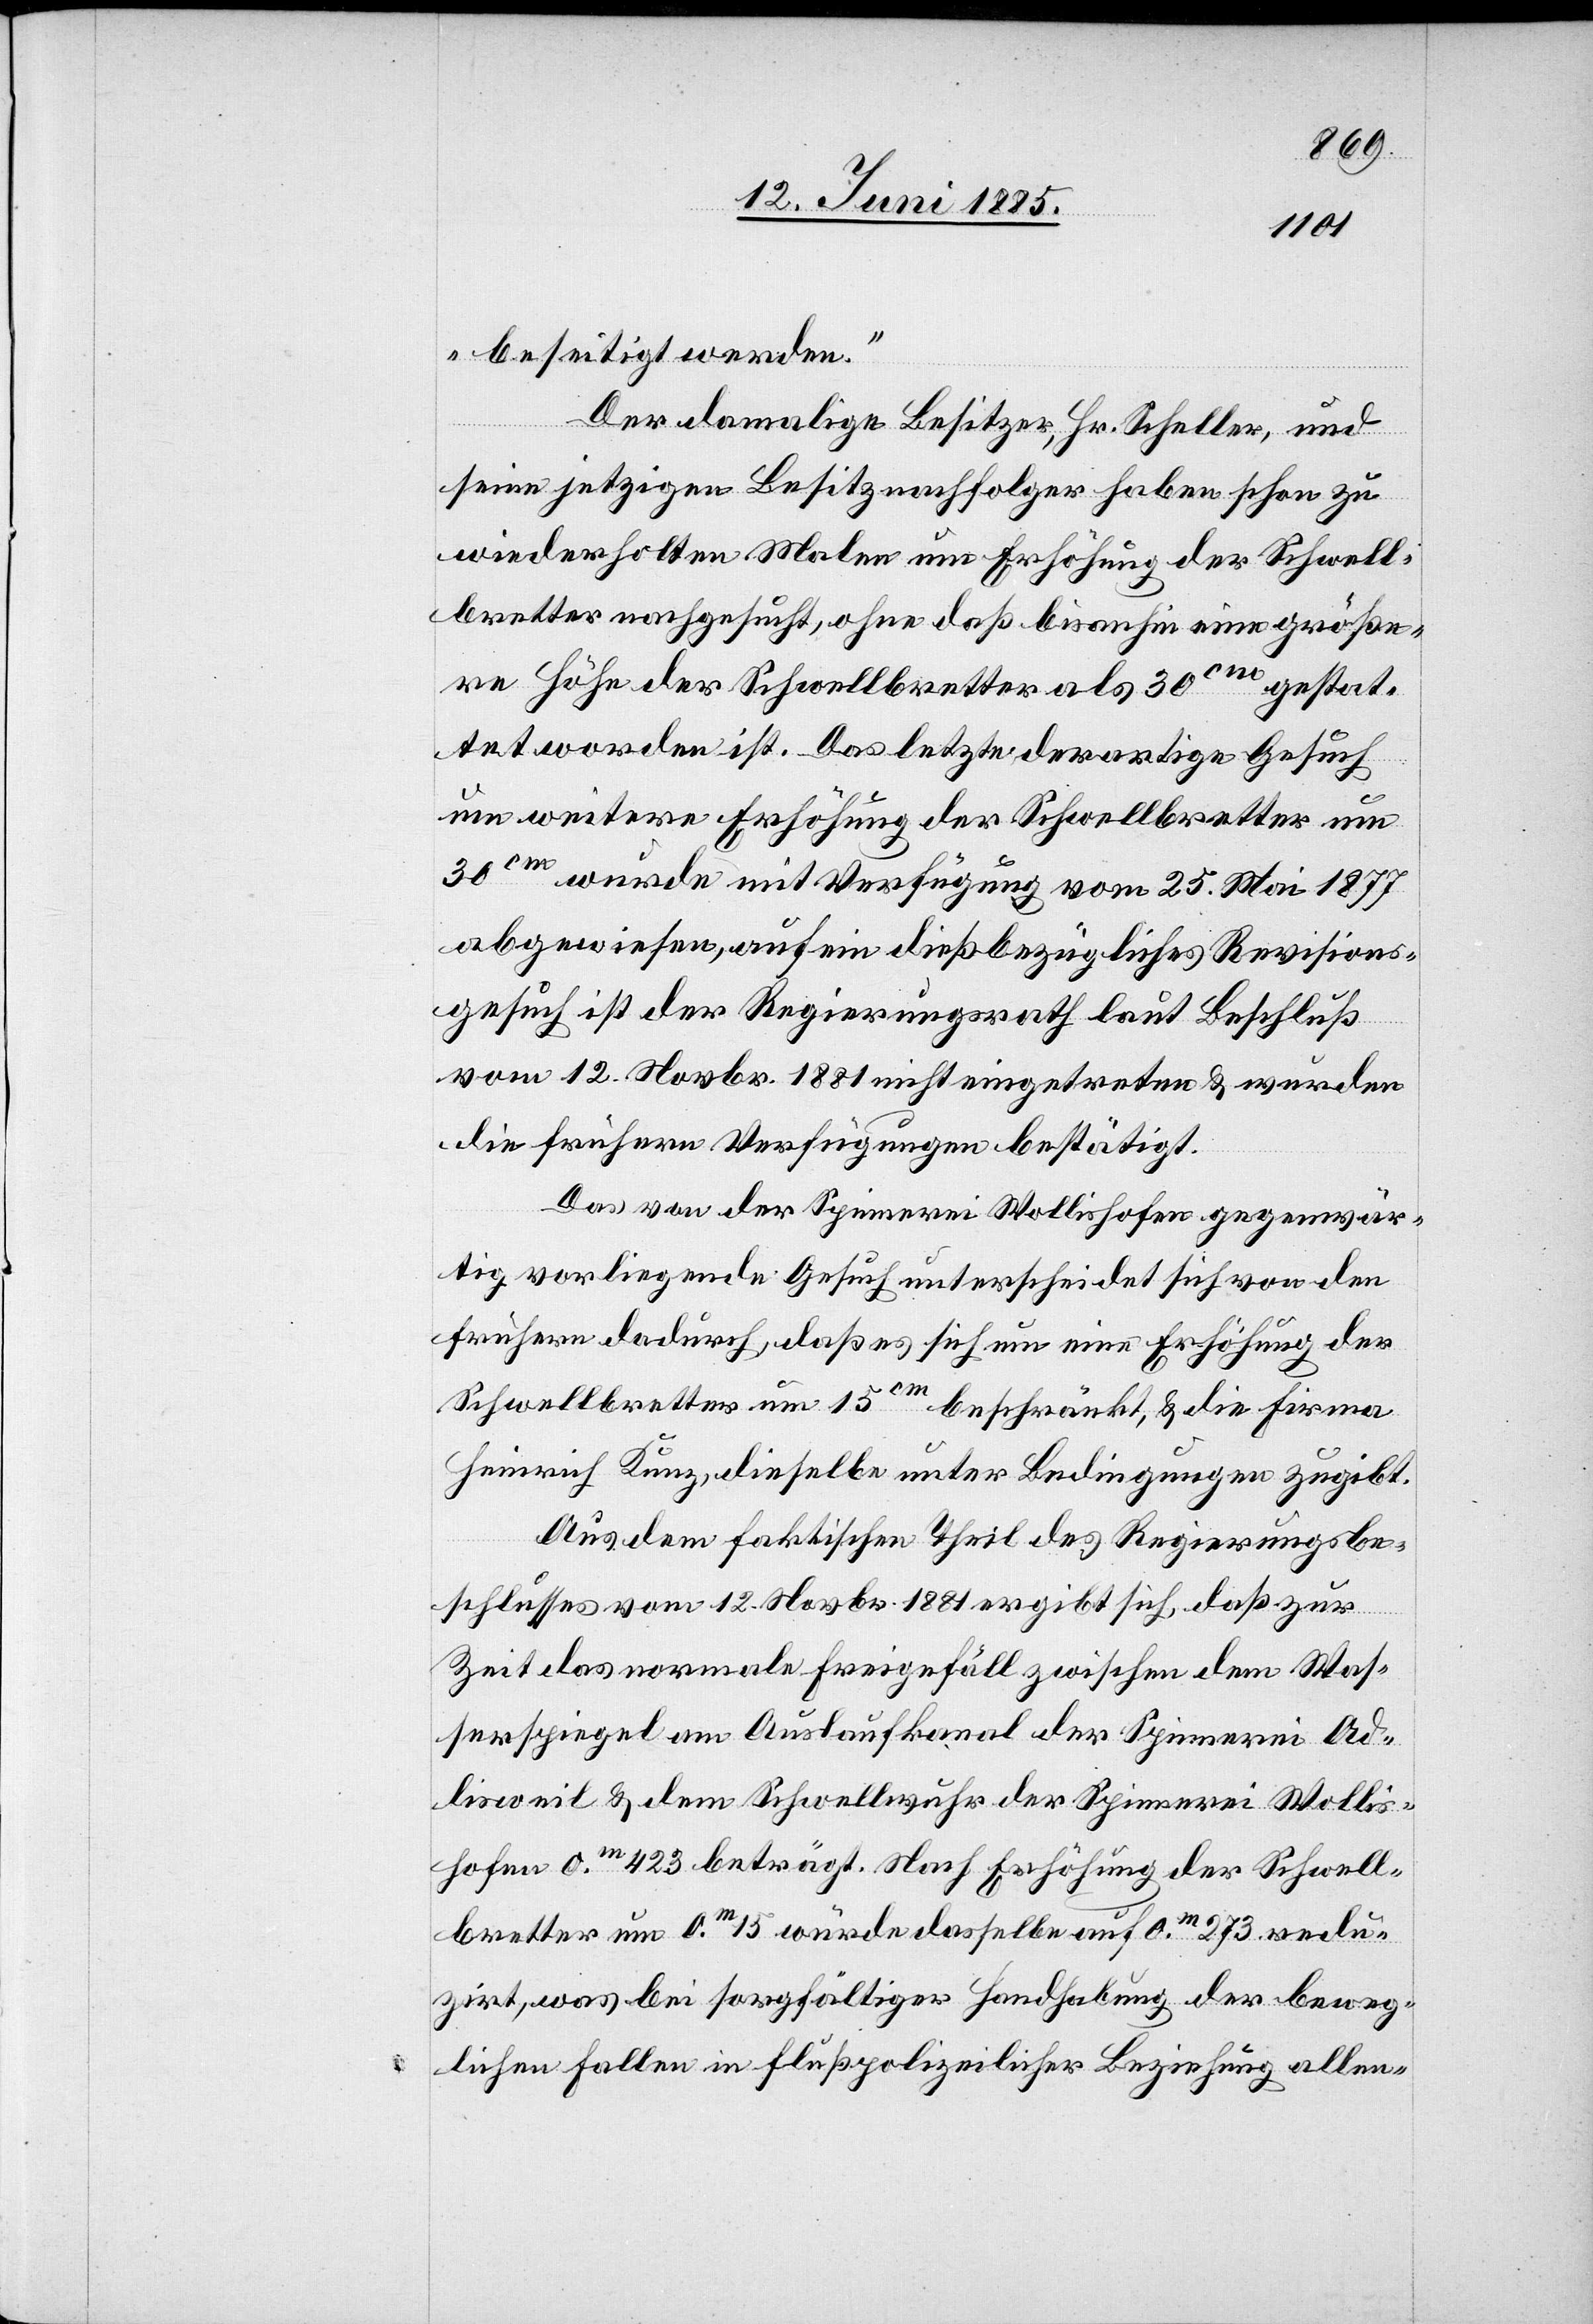
beseitigt werden.“
Der damalige Besitzer, Hr. Scheller, und
seine jetzigen Besitznachfolger haben schon zu
wiederholten Malen um Erhöhung der Schwell¬
bretter nachgesucht, ohne daß bis anhin eine größe¬
re Höhe der Schwellbretter als 30 cm gestat¬
tet worden ist. Das letzte derartige Gesuch
um weitere Erhöhung der Schwellbretter um
30 cm wurde mit Verfügung vom 25. Mai 1877
abgewiesen, auf ein dießbezügliches Revisions¬
gesuch ist der Regierungsrath laut Beschluß
vom 12. Novbr. 1881 nicht eingetreten & wurden
die frühern Verfügungen bestätigt.
Das von der Spinnerei Wollishofen gegenwär¬
tig vorliegende Gesuch unterscheidet sich von den
frühern dadurch, daß es sich um eine Erhöhung der
Schwellbretter um 15 cm beschränkt, & die Firma
Heinrich Kunz, dieselbe unter Bedingungen zugibt.
Aus dem faktischen Theil des Regierungsbe¬
schlusses vom 12. Novbr. 1881 ergibt sich, daß zur
lis¬
Zeit das normale Freigefäll zwischen dem Was¬
serspiegel am Auslaufkanal der Spinnerei Wol¬
hofen 0. m 423 beträgt. Nach Erhöhung der Schwell¬
bretter um 0. m 15 würde dasselbe auf 0. m 273 redu¬
zirt, was bei sorgfältiger Handhabung der beweg¬
lichen Fallen in flußpolizeilicher Beziehung allen-